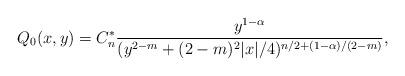
LaTeX: \begin{align*}Q_0(x,y)=C_n^*\frac{y^{1-\alpha}}{(y^{2-m}+(2-m)^2|x|/4)^{n/2+(1-\alpha)/(2-m)}},\end{align*}